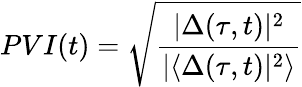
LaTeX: PVI(t)=\sqrt{\frac{|\Delta(\tau,t)|^{2}}{|\langle\Delta(\tau,t)|^{2}\rangle}}